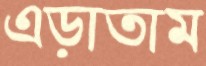
এড়াতাম